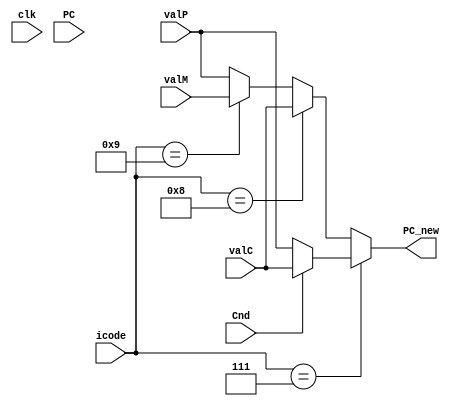
module pc_update(clk,PC,Cnd,icode,valC,valM,valP,PC_new);

  input clk;
  input Cnd;
  input [3:0]  icode;
  input [63:0] valC;
  input [63:0] valP;
  input [63:0] valM;
  input [63:0] PC;
  output reg [63:0] PC_new;

  always@(*)
  begin
    PC_new = valP;
    if(icode==4'b0111) //jxx
    begin
      if(Cnd==1'b1)
      begin
        PC_new = valC;
      end
    end
    else if(icode==4'b1000) //call
    begin
      PC_new = valC;
    end
    else if(icode==4'b1001) //ret
    begin
      PC_new = valM;
    end
    end

endmodule